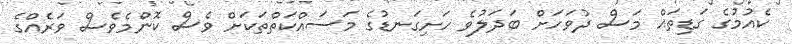
ކެއުމުގެ ގަޑިތައް މަސް ދުވަހަށް ބަދަލުވެ ހަށިގަނޑުގެ މަސައްކަތްތަކަށް ވެސް ކޮންމެވެސް ވަރެއްގެ